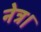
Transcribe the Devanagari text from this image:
नेत्र।